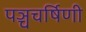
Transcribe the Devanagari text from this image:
पञ्चचर्षिणी